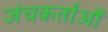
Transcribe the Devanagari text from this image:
जंचकर्ताओं